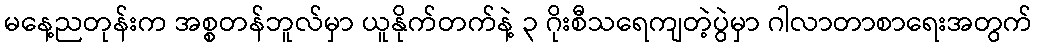
မနေ့ညတုန်းက အစ္စတန်ဘူလ်မှာ ယူနိုက်တက်နဲ့ ၃ ဂိုးစီသရေကျတဲ့ပွဲမှာ ဂါလာတာစာရေးအတွက်